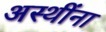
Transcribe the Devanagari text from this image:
अस्थींना